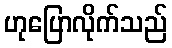
ဟုပြောလိုက်သည်